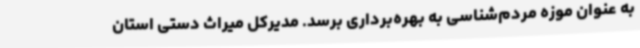
به عنوان موزه مردم‌شناسی به بهره‌برداری برسد. مدیرکل میراث دستی استان